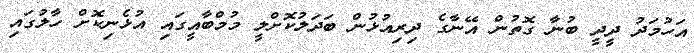
އަހުމަދު ދީދީ ބުނާ ގޮތުން އޭނާގެ ދިރިއުޅުން ބަދަލުކޮށްލީ މުމްބާއީގައި އުޅެނިކޮށް ހާލުގައި